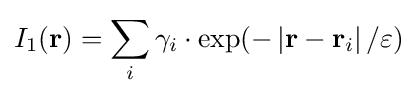
I_{1}(\mathbf {r} )={\sum \limits _{i}\gamma _{i}\cdot \exp(-\left|\mathbf {r} -\mathbf {r} _{i}\right|/\varepsilon )}